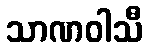
သာဏဝါသီ